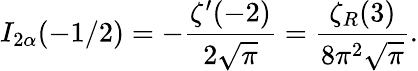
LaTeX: I_{2\alpha}(-1/2)=-\frac{\zeta^{\prime}(-2)}{2\sqrt\pi}=\frac{\zeta_{R}(3)}{8\pi^{2}\sqrt\pi}{.}